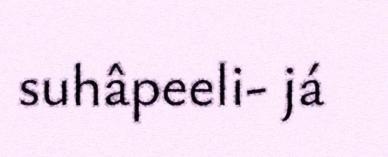
suhâpeeli- já